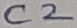
Text: C2